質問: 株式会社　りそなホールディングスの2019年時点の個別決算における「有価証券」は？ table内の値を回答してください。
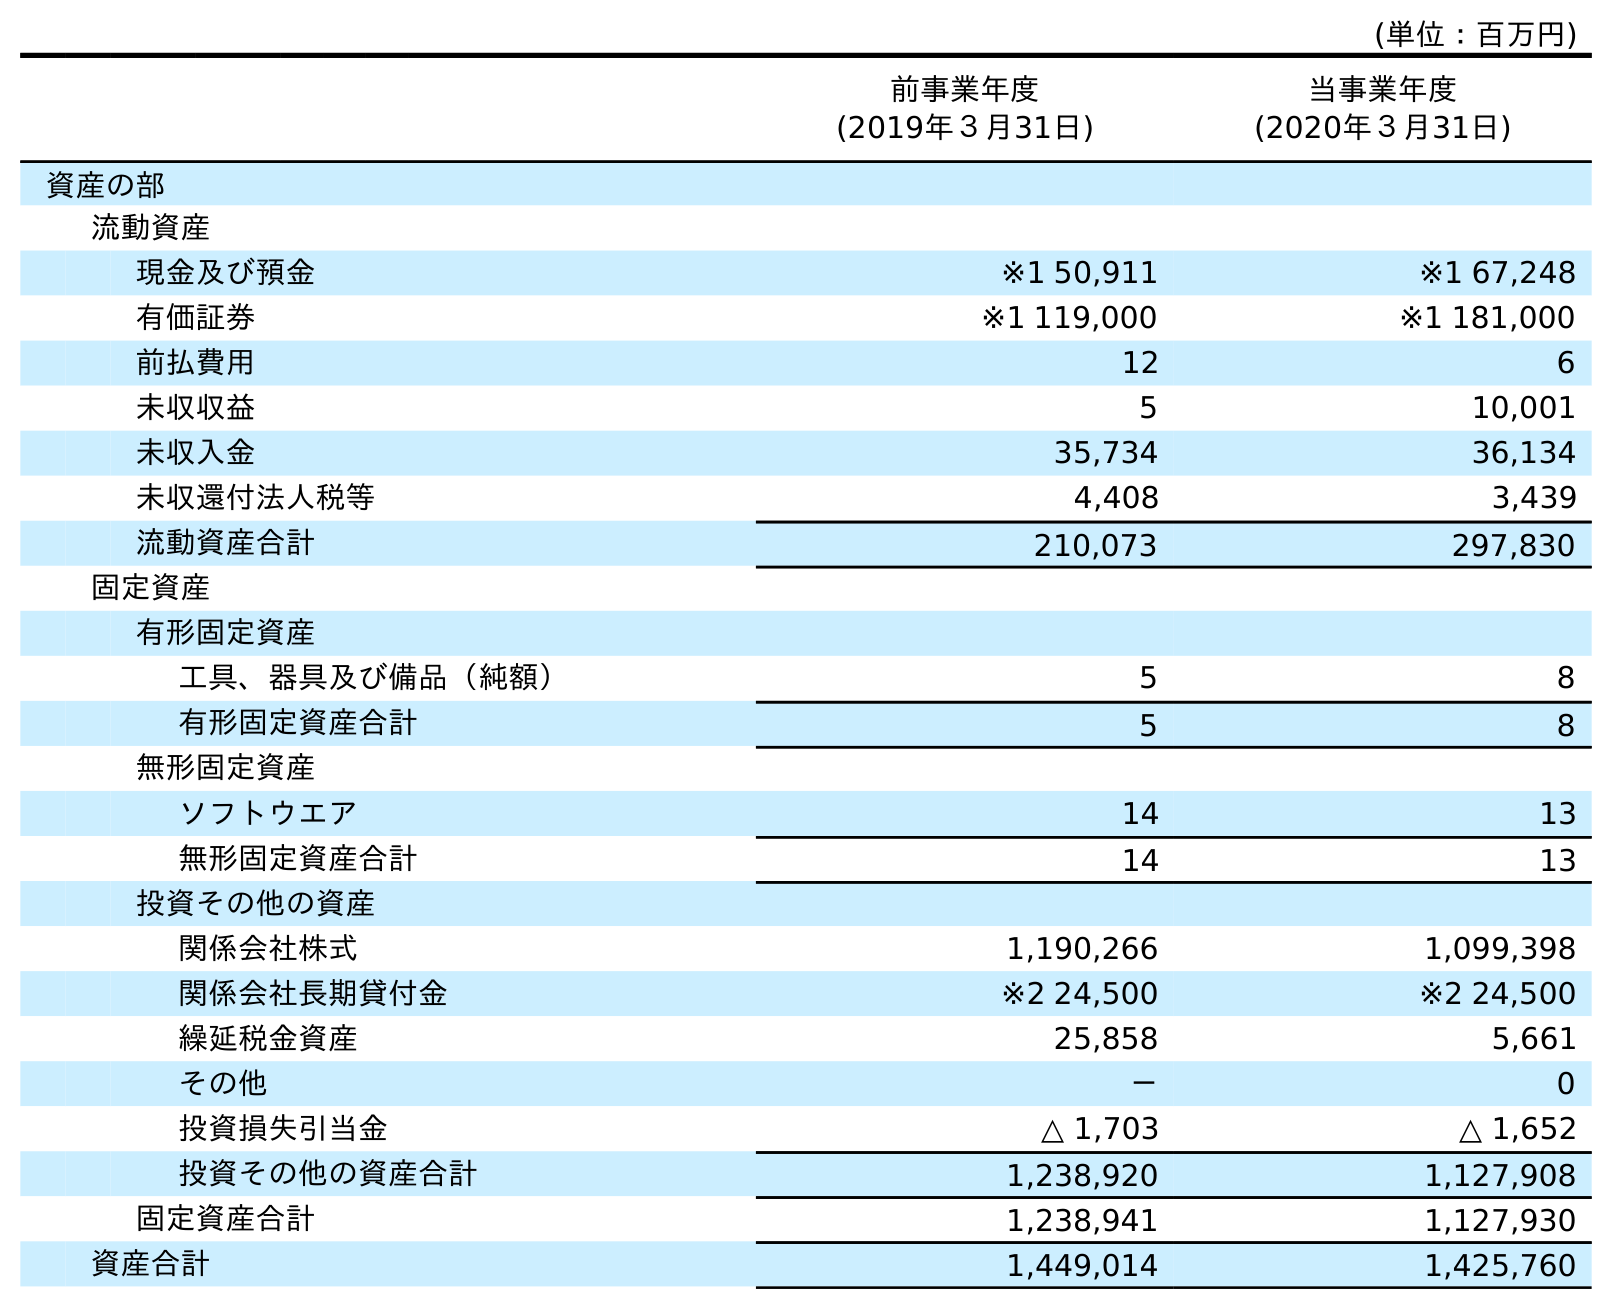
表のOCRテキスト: (単位：百万円) 前事業年度 (2019年３月31日) 当事業年度 (2020年３月31日) 資産の部 流動資産 現金及び預金 ※1 50,911 ※1 67,248 有価証券 ※1 119,000 ※1 181,000 前払費用 12 6 未収収益 5 10,001 未収入金 35,734 36,134 未収還付法人税等 4,408 3,439 流動資産合計 210,073 297,830 固定資産 有形固定資産 工具、器具及び備品（純額） 5 8 有形固定資産合計 5 8 無形固定資産 ソフトウエア 14 13 無形固定資産合計 14 13 投資その他の資産 関係会社株式 1,190,266 1,099,398 関係会社長期貸付金 ※2 24,500 ※2 24,500 繰延税金資産 25,858 5,661 その他 － 0 投資損失引当金 △ 1,703 △ 1,652 投資その他の資産合計 1,238,920 1,127,908 固定資産合計 1,238,941 1,127,930 資産合計 1,449,014 1,425,760
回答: ※1119,000